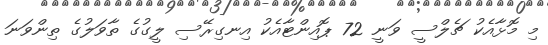
މި މޮޅާއެކު ޗެލްސީ ވަނީ 72 ޕޮއިންޓާއެކު އިނގިރޭސި ލީގުގެ ތާވަލުގެ ތިންވަނަ